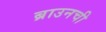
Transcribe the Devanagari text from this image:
ब्राउनची